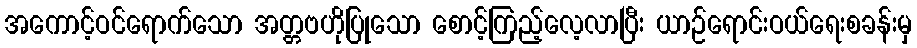
အကောင့်ဝင်ရောက်သော အတ္တဗဟိုပြုသော စောင့်ကြည့်လေ့လာပြီး ယာဉ်ရောင်းဝယ်ရေးစခန်းမှ